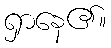
ရှာနေ၏။